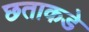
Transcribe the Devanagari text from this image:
छताकडे